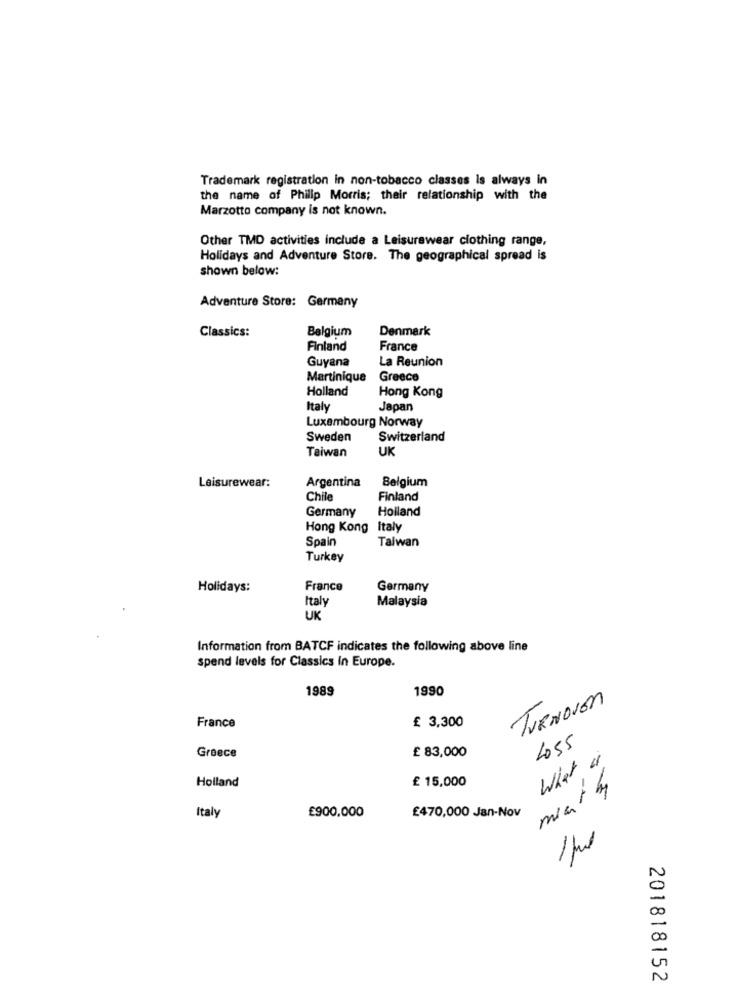
Trademark registration in non-tobacco classes Is always in
the name of Philip Morris; their relationship with the
Marzotto company is not known.
Other TMD activities include a Leisurewear clothing range,
Holidays and Adventure Store. The geographical spread is
shown below:
Adventure Store: Germany
Classics:
Belgium
Denmark
Finland
France
Guyana
La Reunion
Martinique
Greece
Holland
Hong Kong
Italy
Japan
Luxembourg Norway
Sweden
Switzerland
UK
Taiwan
Argentina
Belgium
Leisurewear:
Chile
Finland
Germany
Holland
Hong Kong Italy
Spain
Taiwan
Turkey
Holidays:
France
Germany
Italy
Malaysia
UK
Information from BATCF indicates the following above line
spend levels for Classics in Europe.
1989
1990
TURNOVER
£ 3,300
France
4055
£ 83,000
Greece
What is
Holland
£ 15,000
£900,000
Italy
£470,000 Jan-Nov
The
201818152